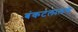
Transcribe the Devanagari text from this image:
बंकटलालचे